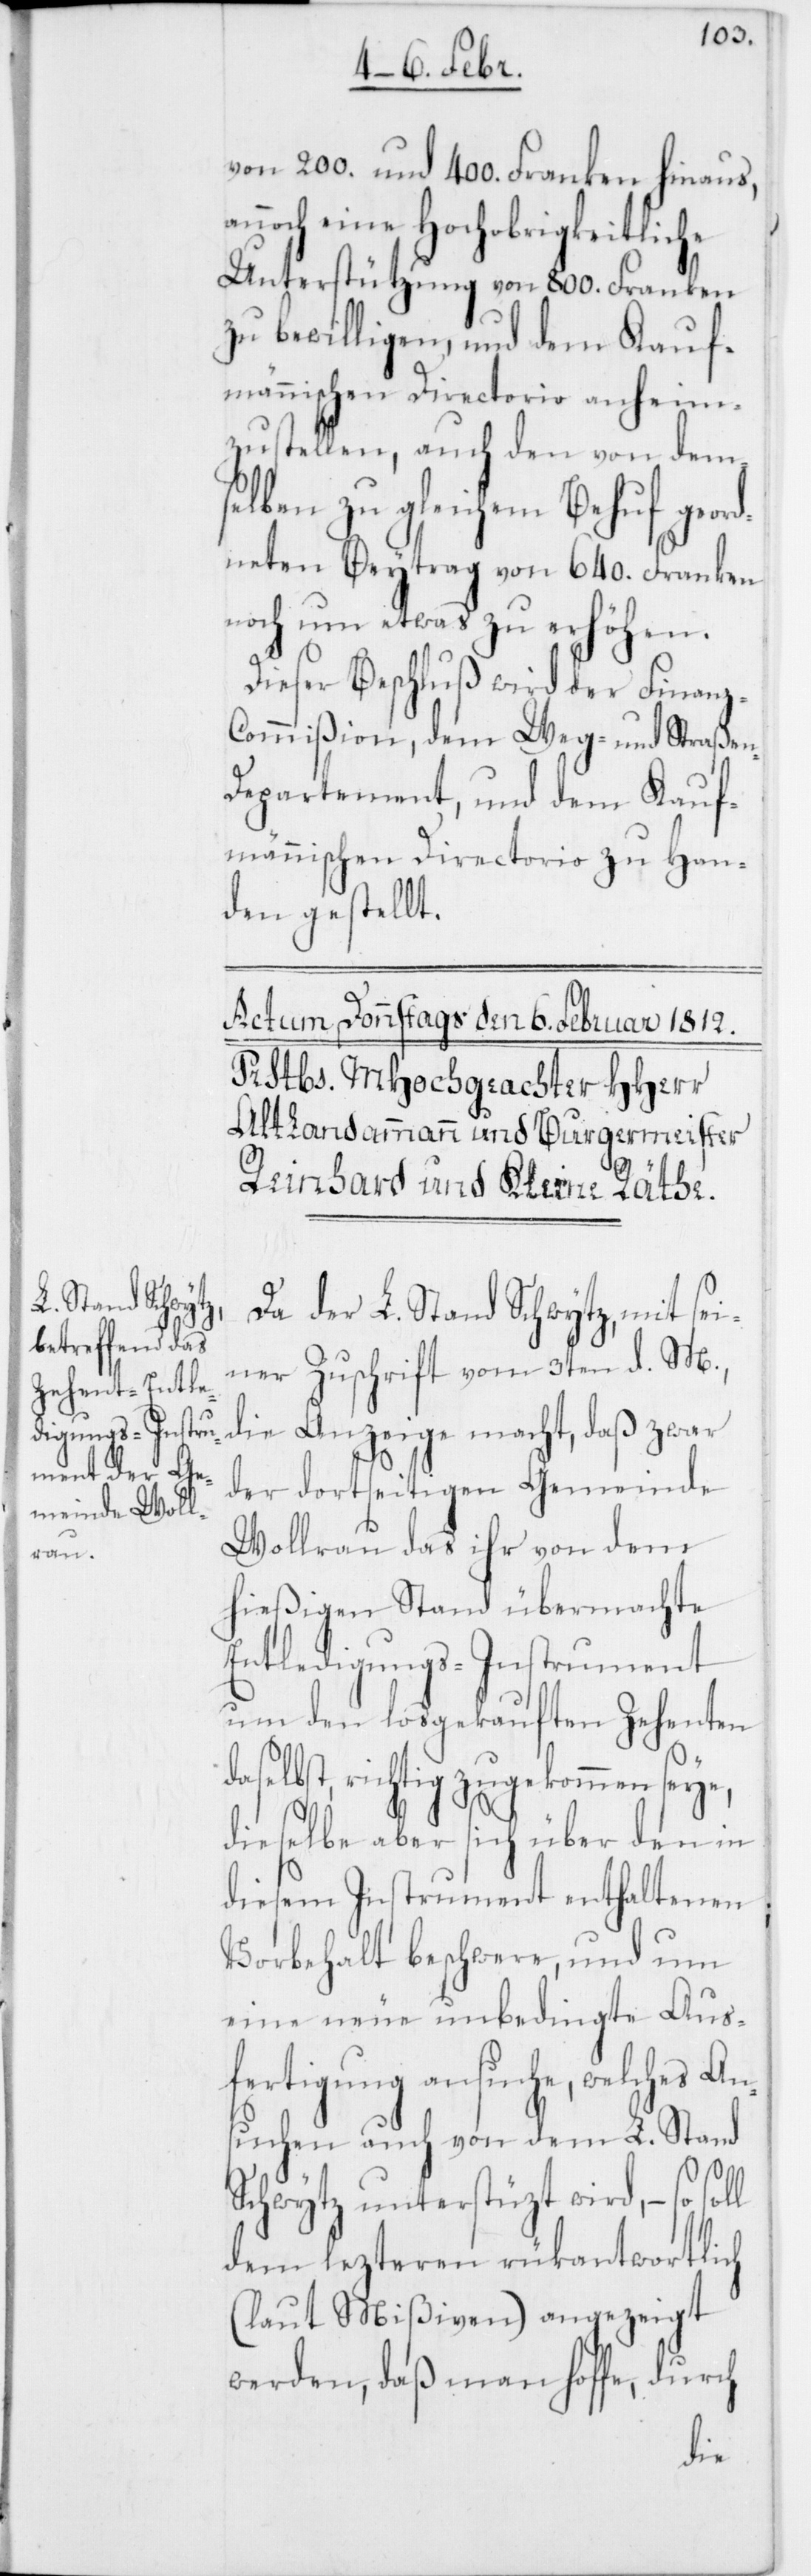
anz-C¬

von 200. und 400. Franken hinaus,
noch eine Hochoberigkeitliche
Unterstützung von 800. Franken
zu bewilligen, und dem Kauf¬
männischen Directorio anheim¬
zustellen, auch den von dem¬
selben zu gleichem Behuf geor¬
dneten Beytrag von 640. Franken
noch um etwas zu erhöhen.
Dieser Beschluß wird der Fin¬
ommißion, dem Weg- und Straßen-D¬
epartement, und dem Kauf¬
männischen Directorio zu Han¬
den gestellt.
Da der L. Stand Schwytz, mit sei¬
ner Zuschrift vom 3ten d. M.,
die Anzeige macht, daß zwar
der dortseitigen Gemeinde
Wollerau das ihr von dem
hießigen Stand übermachte
Entledigungs-Instrument
um den losgekauften Zehenten
daselbst, richtig zugekommen seye,
dieselbe aber sich über den in
diesem Instrument enthaltenen
Vorbehalt beschwere, und um
eine neue unbedingte Aus¬
fertigung ansuche, welches An¬
suchen auch von dem L. Stand
Schwytz unterstüzt wird, – so
dem lezteren rükantwortlich
(laut Mißiven) angezeigt
werden, daß man hoffe, durch